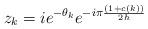
LaTeX: \begin{align*}z_{k}=ie^{-\theta _{k}}e^{-i\pi \frac{\left( 1+c(k)\right) }{2h}}\end{align*}